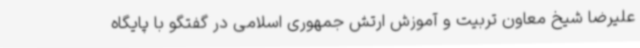
علیرضا شیخ معاون تربیت و آموزش ارتش جمهوری اسلامی در گفتگو با پایگاه